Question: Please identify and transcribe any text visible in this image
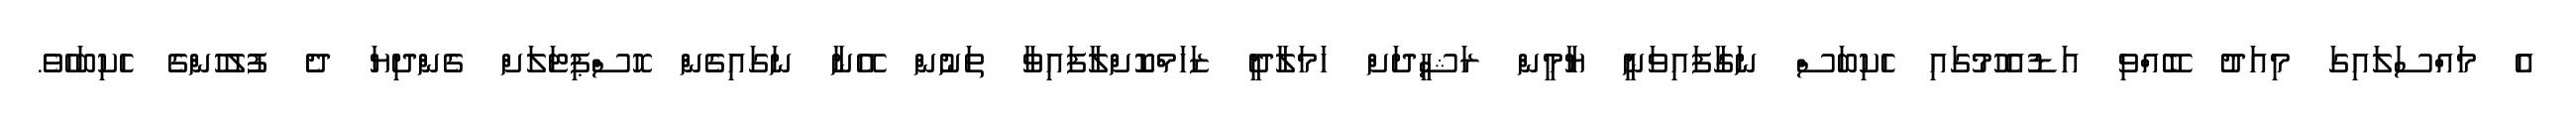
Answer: އެ މައްސަލައިގަ މިއަދު ބޭއްވި އަޑުއެހުމުގައި ހެކިބަސް ނަގާފައިވަނީ ޔާމީން ރަޝީދަށް ހަމަލާދީ ޒަހަމްކޮށްލާފައިވާ ތަނުން އޭނާ ނަގައިގެން ހޮސްޕިޓަލަށް ގެންދިޔަ ދެ ފުލުހުންގެ ހެކިބަހެވެ.